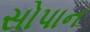
સોપાન